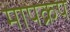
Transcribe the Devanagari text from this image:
मापक्रप